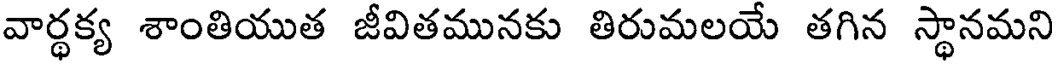
వార్థక్య శాంతియుత జీవితమునకు తిరుమలయే తగిన స్థానమని